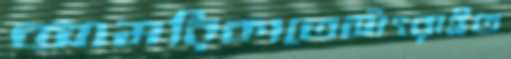
আমরিকাতেসাঁৎরাইত